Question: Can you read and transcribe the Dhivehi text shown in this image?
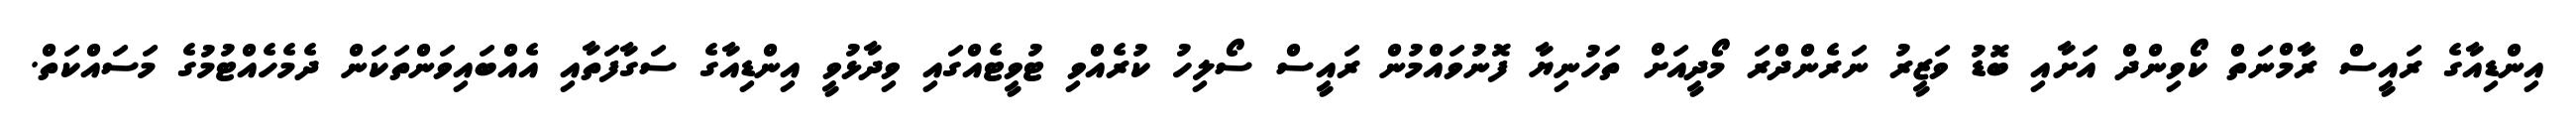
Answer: އިންޑިއާގެ ރައީސް ރާމްނަތް ކޯވިންދް އަށާއި ބޮޑު ވަޒީރު ނަރެންދްރަ މޯދީއަށް ތަހުނިޔާ ފޮނުވައްމުން ރައީސް ސޯލިހު ކުރެއްވި ޓުވީޓެއްގައި ވިދާޅުވީ އިންޑިއާގެ ސަގާފަތާއި އެއްބައިވަންތަކަން ދެމެހެއްޓުމުގެ މަސައްކަތް.